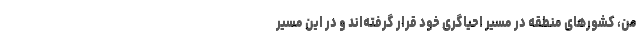
من، کشورهای منطقه در مسیر احیاگری خود قرار گرفته‌اند و در این مسیر